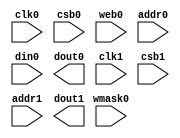
// OpenRAM SRAM model
// Words: 256
// Word size: 32
// Write size: 8

(*blackbox*)
module sky130_sram_1kbyte_1rw1r_32x256_8(
`ifdef USE_POWER_PINS
    vccd1,
    vssd1,
`endif
// Port 0: RW
    clk0,csb0,web0,wmask0,addr0,din0,dout0,
// Port 1: R
    clk1,csb1,addr1,dout1
  );

  parameter NUM_WMASKS = 4 ;
  parameter DATA_WIDTH = 32 ;
  parameter ADDR_WIDTH = 8 ;
  parameter RAM_DEPTH = 1 << ADDR_WIDTH;
  // FIXME: This delay is arbitrary.
  parameter DELAY = 3 ;
  parameter VERBOSE = 1 ; //Set to 0 to only display warnings
  parameter T_HOLD = 1 ; //Delay to hold dout value after posedge. Value is arbitrary

`ifdef USE_POWER_PINS
    inout vccd1;
    inout vssd1;
`endif
  input  clk0; // clock
  input   csb0; // active low chip select
  input  web0; // active low write control
  input [NUM_WMASKS-1:0]   wmask0; // write mask
  input [ADDR_WIDTH-1:0]  addr0;
  input [DATA_WIDTH-1:0]  din0;
  output [DATA_WIDTH-1:0] dout0;
  input  clk1; // clock
  input   csb1; // active low chip select
  input [ADDR_WIDTH-1:0]  addr1;
  output [DATA_WIDTH-1:0] dout1;

endmodule